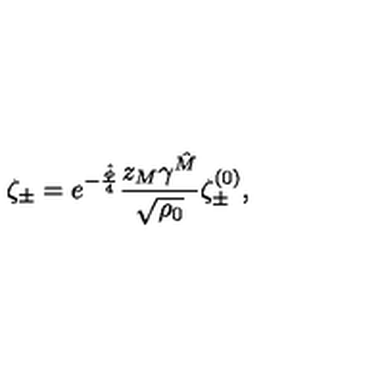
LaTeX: \zeta _ { \pm } = e ^ { - \frac { \hat { \phi } } { 4 } } \frac { z _ { M } \gamma ^ { \hat { M } } } { \sqrt { \rho _ { 0 } } } \zeta _ { \pm } ^ { ( 0 ) } ,